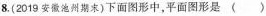
8.(2019安徽池州期末)下面图形中，平面图形是（)